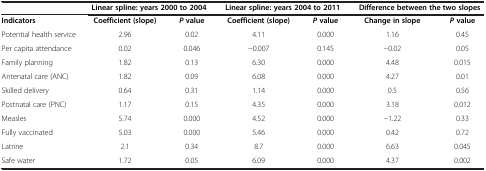
|  | <COLSPAN=2> Linear spline: years 2000 to 2004 | <COLSPAN=2> Linear spline: years 2004 to 2011 | <COLSPAN=2> Difference between the two slopes |
 | --- | --- | --- | --- | --- | --- | --- |
 | Indicators | Coefficient (slope) | P value | Coefficient (slope) | P value | Change in slope | P value |
 | Potential health service | 2.96 | 0.02 | 4.11 | 0.000 | 1.16 | 0.45 |
 | Per capita attendance | 0.02 | 0.046 | −0.007 | 0.145 | −0.02 | 0.05 |
 | Family planning | 1.82 | 0.13 | 6.30 | 0.000 | 4.48 | 0.015 |
 | Antenatal care (ANC) | 1.82 | 0.09 | 6.08 | 0.000 | 4.27 | 0.01 |
 | Skilled delivery | 0.64 | 0.31 | 1.14 | 0.000 | 0.5 | 0.56 |
 | Postnatal care (PNC) | 1.17 | 0.15 | 4.35 | 0.000 | 3.18 | 0.012 |
 | Measles | 5.74 | 0.000 | 4.52 | 0.000 | −1.22 | 0.33 |
 | Fully vaccinated | 5.03 | 0.000 | 5.46 | 0.000 | 0.42 | 0.72 |
 | Latrine | 2.1 | 0.34 | 8.7 | 0.000 | 6.63 | 0.045 |
 | Safe water | 1.72 | 0.05 | 6.09 | 0.000 | 4.37 | 0.002 |